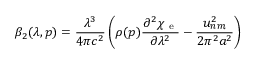
\beta _ { 2 } ( \lambda , p ) = \frac { \lambda ^ { 3 } } { 4 \pi c ^ { 2 } } \left( \rho ( p ) \frac { \partial ^ { 2 } \chi _ { \mathrm { ~ e ~ } } } { \partial \lambda ^ { 2 } } - \frac { u _ { n m } ^ { 2 } } { 2 \pi ^ { 2 } a ^ { 2 } } \right)